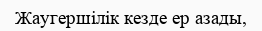
Жаугершілік кезде ер азады,